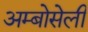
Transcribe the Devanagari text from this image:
अम्बोसेली